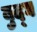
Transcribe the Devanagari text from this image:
बुद्घ